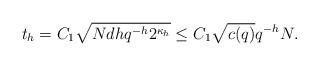
LaTeX: \begin{align*}t_h=C_1 \sqrt{Nd h q^{-h}2^{\kappa_h}} \leq C_1 \sqrt{c(q)} q^{-h}N.\end{align*}